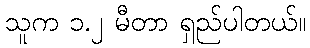
သူက ၁.၂ မီတာ ရှည်ပါတယ်။